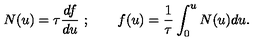
N ( u ) = \tau { \frac { d f } { d u } } \ ; \qquad f ( u ) = { \frac { 1 } { \tau } } \int _ { 0 } ^ { u } N ( u ) d u .